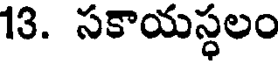
13. సకాయస్థలం